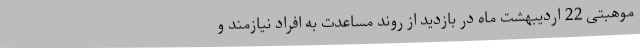
موهبتی 22 اردیبهشت ماه در بازدید از روند مساعدت به افراد نیازمند و